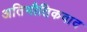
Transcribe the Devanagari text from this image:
अतिभौतिकवाद